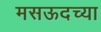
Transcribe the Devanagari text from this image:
मसऊदच्या